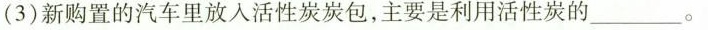
(3)新购置的汽车里放入活性炭炭包，主要是利用活性炭的___。